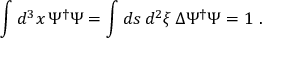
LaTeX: \int d ^ { 3 } x \, \Psi ^ { \dag } \Psi = \int d s \, d ^ { 2 } \xi \, \Delta \Psi ^ { \dag } \Psi = 1 \ .